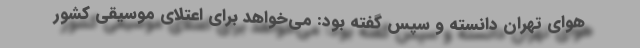
هوای تهران دانسته و سپس گفته بود: می‌خواهد برای اعتلای موسیقی کشور